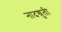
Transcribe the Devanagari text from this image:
नादश्रुती